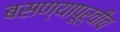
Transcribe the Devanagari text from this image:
बसण्यापूर्वीच